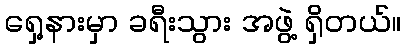
ရှေ့နားမှာ ခရီးသွား အဖွဲ့ ရှိတယ်။